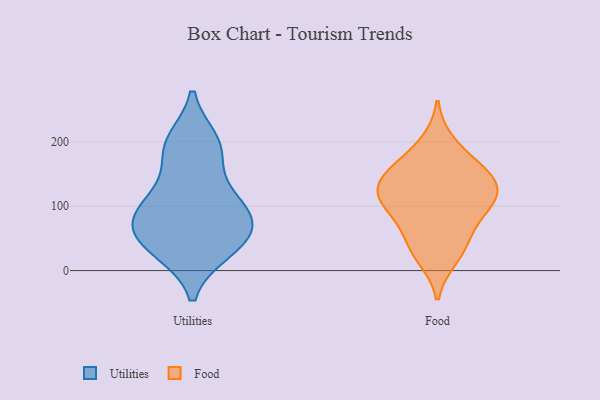
{"axis": {"x": "Waste Production (Tons)", "y": "Value"}, "legend": ["Food", "Utilities"], "data": [{"x": "", "y": 116, "type": "Utilities"}, {"x": "", "y": 200, "type": "Utilities"}, {"x": "", "y": 187, "type": "Utilities"}, {"x": "", "y": 69, "type": "Utilities"}, {"x": "", "y": 92, "type": "Utilities"}, {"x": "", "y": 191, "type": "Utilities"}, {"x": "", "y": 32, "type": "Utilities"}, {"x": "", "y": 113, "type": "Utilities"}, {"x": "", "y": 62, "type": "Utilities"}, {"x": "", "y": 82, "type": "Utilities"}, {"x": "", "y": 33, "type": "Utilities"}, {"x": "", "y": 49, "type": "Utilities"}, {"x": "", "y": 133, "type": "Food"}, {"x": "", "y": 84, "type": "Food"}, {"x": "", "y": 103, "type": "Food"}, {"x": "", "y": 54, "type": "Food"}, {"x": "", "y": 113, "type": "Food"}, {"x": "", "y": 127, "type": "Food"}, {"x": "", "y": 198, "type": "Food"}, {"x": "", "y": 164, "type": "Food"}, {"x": "", "y": 147, "type": "Food"}, {"x": "", "y": 21, "type": "Food"}, {"x": "", "y": 106, "type": "Food"}, {"x": "", "y": 35, "type": "Food"}, {"x": "", "y": 153, "type": "Food"}]}